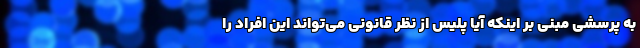
به پرسشی مبنی بر اینکه آیا پلیس از نظر قانونی می‌تواند این افراد را